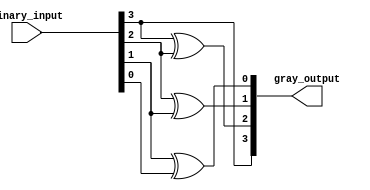
module relative_encoder #(
    parameter n = 4  // Number of bits for the binary input and gray code output
)(
    input [n-1:0] binary_input,  // n-bit binary input
    output [n-1:0] gray_output    // n-bit gray code output
);

// Combinational logic to generate gray code from binary input
assign gray_output[n-1] = binary_input[n-1];                  // Most Significant Bit remains unchanged
assign gray_output[n-2] = binary_input[n-1] ^ binary_input[n-2]; // G(n-2) = B(n-1) XOR B(n-2)
assign gray_output[n-3] = binary_input[n-2] ^ binary_input[n-3]; // G(n-3) = B(n-2) XOR B(n-3)
generate
    genvar i;
    for (i = 0; i < n-1; i = i + 1) begin : gray_code_generation
        assign gray_output[n-1-i-1] = binary_input[n-1-i] ^ binary_input[n-2-i]; // G(i) = B(i+1) XOR B(i)
    end
endgenerate

endmodule